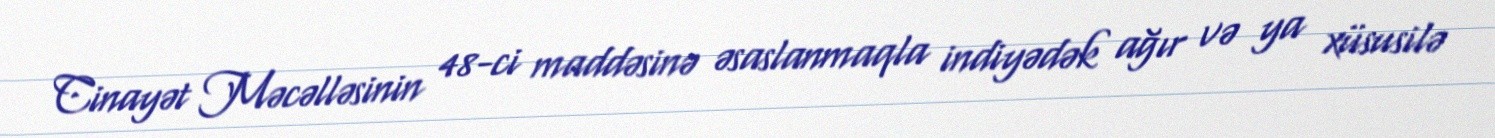
Cinayət Məcəlləsinin 48-ci maddəsinə əsaslanmaqla indiyədək ağır və ya xüsusilə